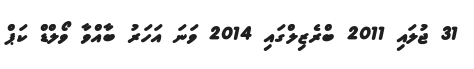
31 ޖުލައި 2011 ބްރެޒިލްގައި 2014 ވަނަ އަހަރު ބާއްވާ ވޯލްޑް ކަޕް